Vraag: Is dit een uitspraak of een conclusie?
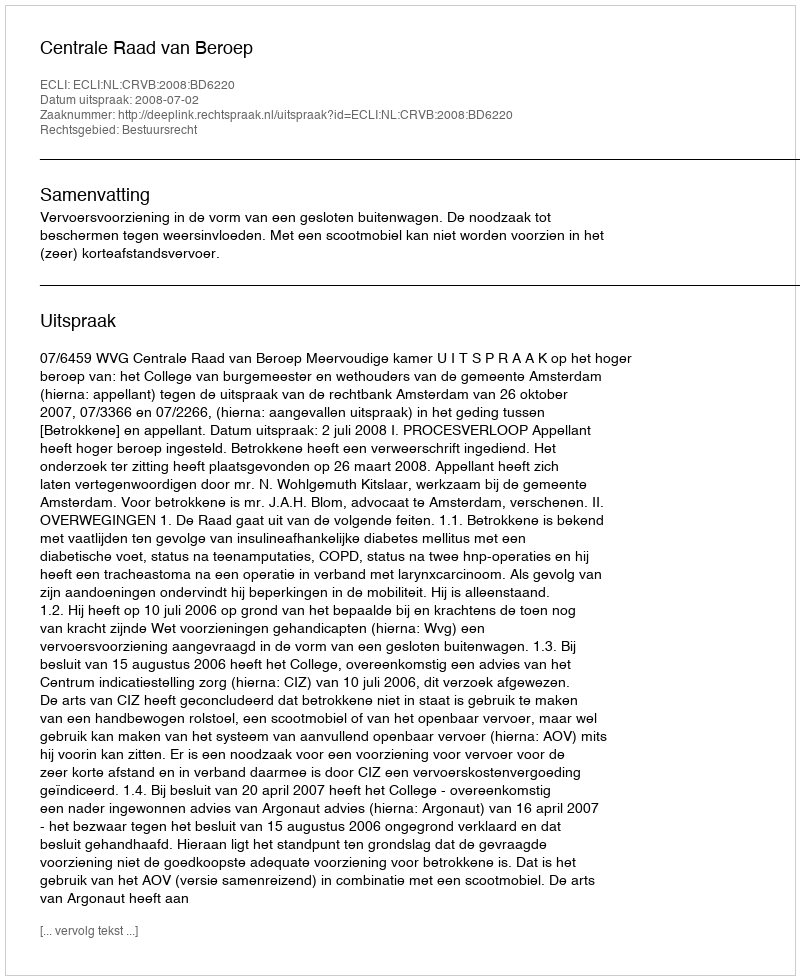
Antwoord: Uitspraak